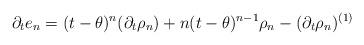
LaTeX: \begin{align*}\partial_t e_n=(t-\theta)^n(\partial_t \rho_n) + n(t-\theta)^{n-1}\rho_n-(\partial_t \rho_n)^{(1)}\end{align*}